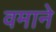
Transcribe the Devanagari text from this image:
वमाने